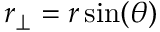
r _ { \perp } = r \sin ( \theta )